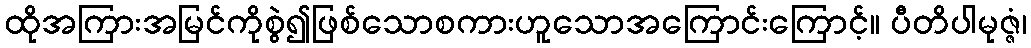
ထိုအကြားအမြင်ကိုစွဲ၍ဖြစ်သောစကားဟူသောအကြောင်းကြောင့်။ ပီတိပါမုဇ္ဇံ၊